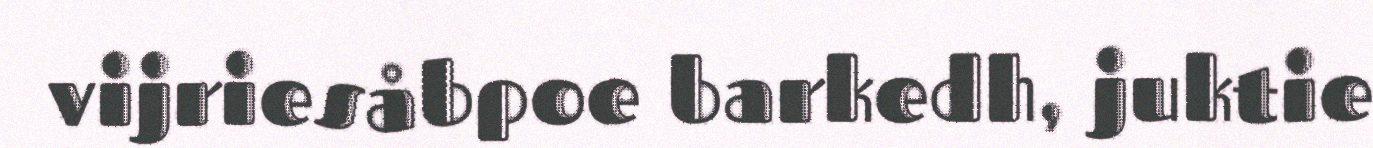
vijriesåbpoe barkedh, juktie